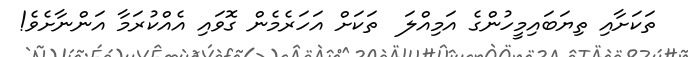
ތަކަށާއި ތިޔަބައިމީހުންގެ އަމިއްލަ  ތަކަށް އަހަރެމެން ގޮވައި އެއްކުރަމާ އަންނާށެެވެ!